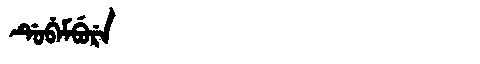
Manchu: ᡩᡠᠪᡝᠮᠪᡠᡵᡝ
Romanization: DUBEMBURE